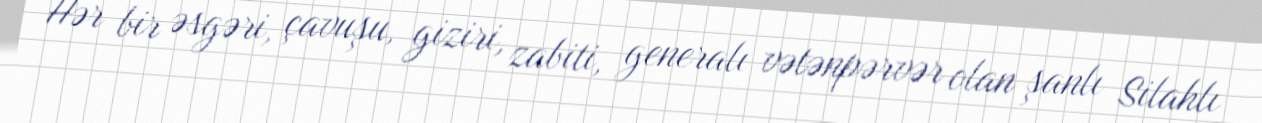
Hər bir əsgəri, çavuşu, giziri, zabiti, generalı vətənpərvər olan şanlı Silahlı